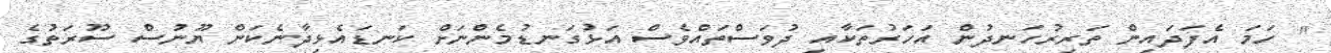
'' ހަމަ އެފަދައިން ތަރިރުހަނދުން އަހަރުތަކާއި ދުވަސްތައްވެސް އަޅުގަނޑުމެންނަށް ކަނޑައެޅިދާނެކަން ޔޫނުސް ސޫރަތުގެ